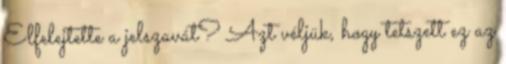
Elfelejtette a jelszavát? Azt véljük, hogy tetszett ez az